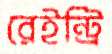
রেইন্ট্রি